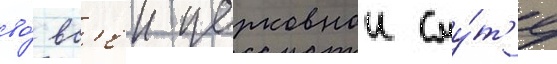
во́ вс'еи церковнои сму́т'е